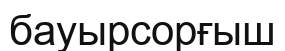
бауырсорғыш